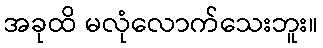
အခုထိ မလုံလောက်သေးဘူး။